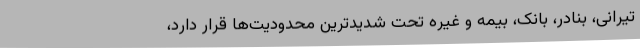
تیرانی، بنادر، بانک، بیمه و غیره تحت شدیدترین محدودیت‌ها قرار دارد،